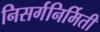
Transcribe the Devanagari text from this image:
निसर्गनिर्मिती